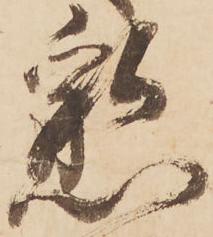
懇